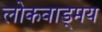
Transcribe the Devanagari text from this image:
लोकवाड्मय